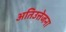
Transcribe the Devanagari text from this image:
अतिउत्तेजना